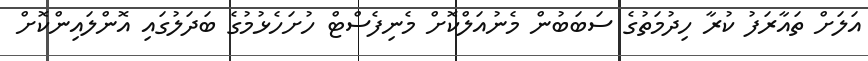
އަލަށް ތައާރަފު ކުރާ ހިދުމަތުގެ ސަބަބުން މެނުއަލްކޮށް މެނިފެސްޓް ހުށަހެޅުމުގެ ބަދަލުގައި އޮންލައިންކޮށް